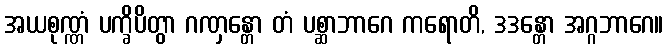
အယစုဏ္ဏံ ပက္ခိပိတွာ ဂဏှန္တော တံ ပစ္ဆာဘာဂေ ကရောတိ, ဒဒန္တော အဂ္ဂဘာဂေ။